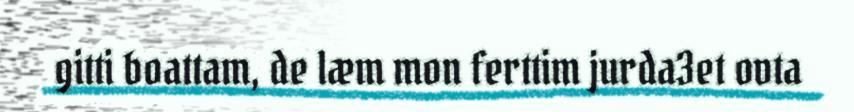
gitti boattam, de læm mon ferttim jurda3et ovta